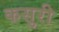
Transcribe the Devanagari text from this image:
कसुरी